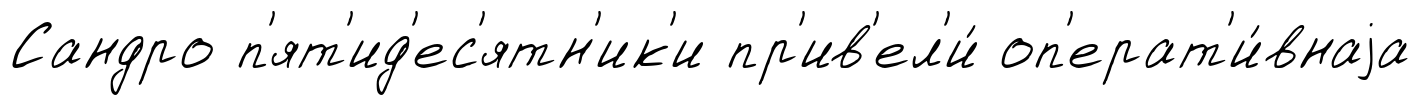
Сандро п'ят'ид'ес'ятн'ик'и пр'ив'ел'и́ оп'ерат'и́внаjа